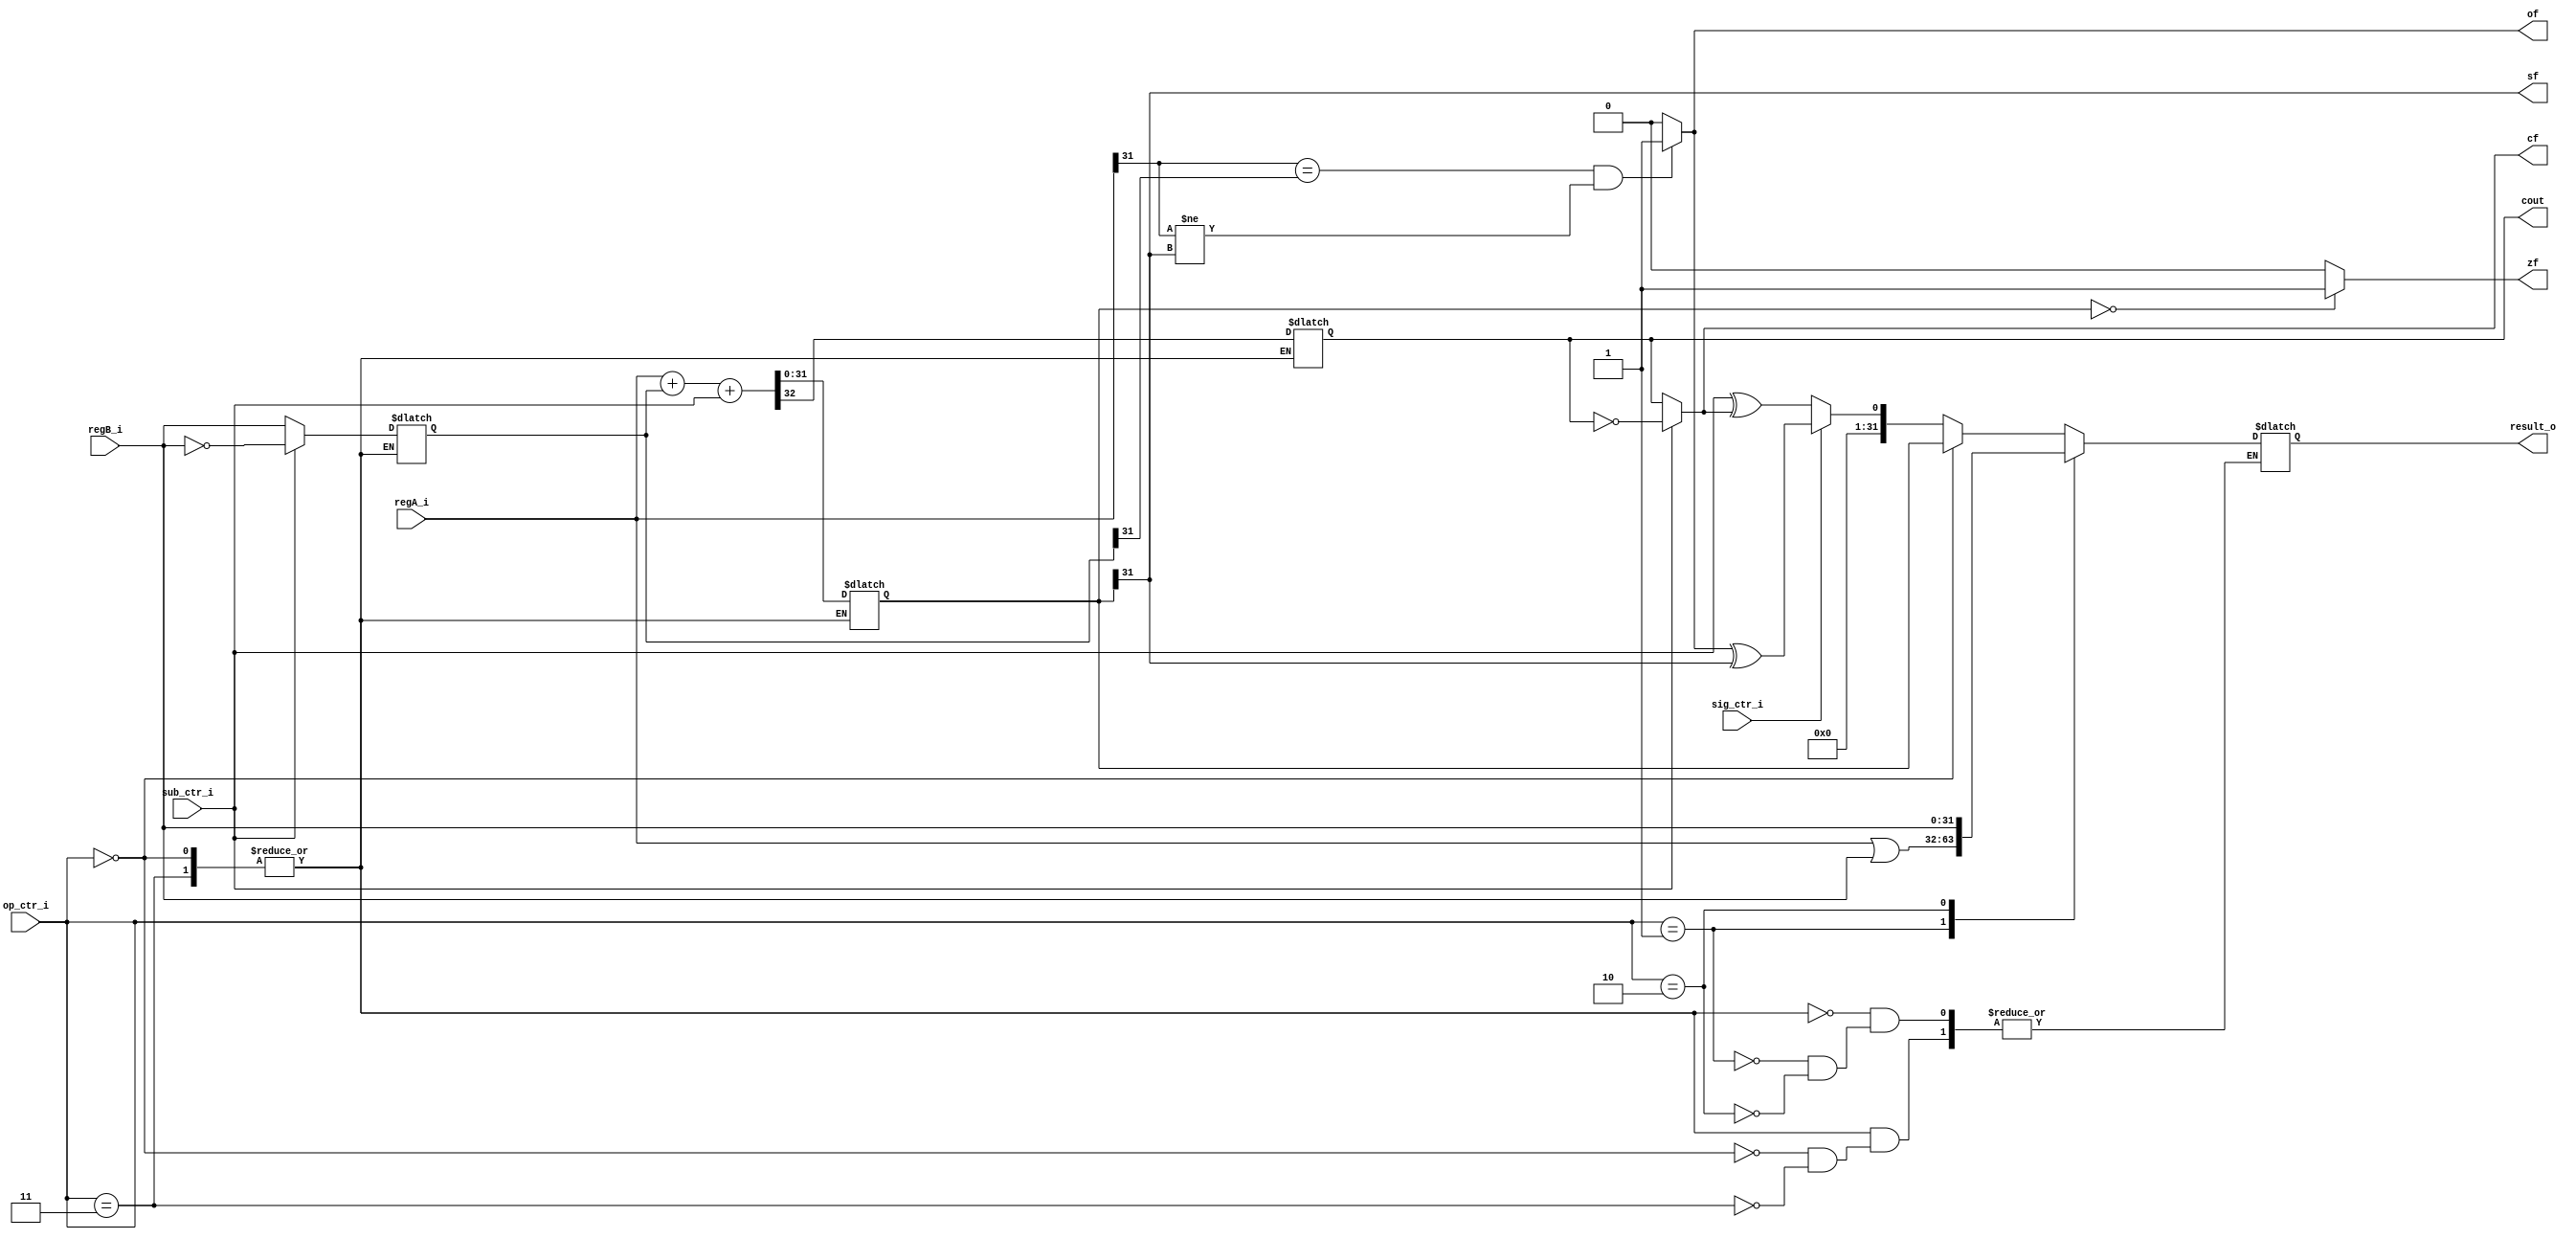
`timescale 1ns / 1ps
//////////////////////////////////////////////////////////////////////////////////
// Company: 
// Engineer: 
// 
// Design Name: 
// Module Name: alu
// Project Name: 
// Target Devices: 
// Tool Versions: 
// Description: 
// 
// Dependencies: 
// 
// Revision:
// Revision 0.01 - File Created
// Additional Comments:
// 
//////////////////////////////////////////////////////////////////////////////////


module alu(
    
    input [31:0]         regA_i,
    input [31:0]         regB_i,
    
    input                sub_ctr_i,
    input                sig_ctr_i,
    input [1:0]          op_ctr_i,
    
    output   zf, // 
    output   sf, // 
    output   cf, // /
    output   of, // 
    
    output reg           cout,
    output reg [31:0]    result_o
    
    );

reg [31:0] result;
reg [31:0] regB_ii;

    
always @ (*) begin

    case(op_ctr_i)
        
        2'b00, 2'b11: begin    // add sub 
            
            // 
            if (sub_ctr_i) begin
                regB_ii <= ~regB_i;
            end       
            else begin
                regB_ii <= regB_i;
            end
            
            {cout, result} <= regA_i + regB_ii + sub_ctr_i;  

                        
            if (op_ctr_i == 2'b00) begin
                result_o <= result;
            end
            
            else if(op_ctr_i == 2'b11) begin
                
                if (sig_ctr_i) begin //  1
                    result_o <= {31'b0, (of ^ sf)}; // 
                end
                
                else begin
                    result_o <= {31'b0, (sub_ctr_i ^ cf)};//     
                end                
            
            end
                         
        end 
        
        2'b01: begin    // or ""
            result_o <= regA_i | regB_i;
        end
        
        2'b10: begin    // srcB  B 
            result_o <= regB_i;
        end
        
        // 2'b11: begin    // slt sltu 
        // end
        
    endcase
    
end

assign zf = (result == 32'b0 ? 1'b1 : 1'b0); // 
assign sf = result[31];   // 
assign cf = (sub_ctr_i ? ~cout : cout); // /

//  X  Y'  F  of = 1  of = 0
assign of = ((regA_i[31] == regB_ii[31]) && (regA_i[31] != result[31]) ? 1'b1 : 1'b0 ); // 
    
    
endmodule